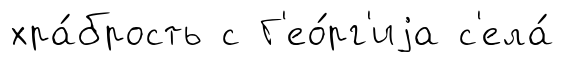
хра́брость с Г'ео́рг'иjа с'ела́